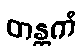
တန္တကံ